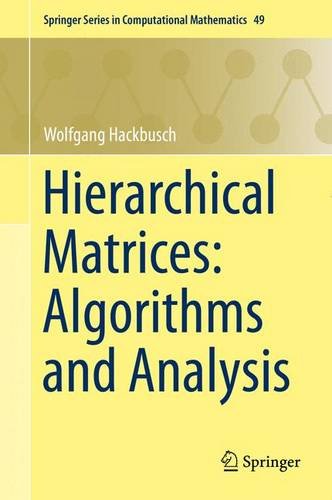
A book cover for Hierarchical Matrices: Algorithms and Analysis (Springer Series in Computational Mathematics); Wolfgang Hackbusch; Computers & Technology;